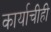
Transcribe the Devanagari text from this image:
कार्याचीही